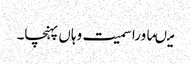
میںماورا سمیت وہاں پہنچا۔